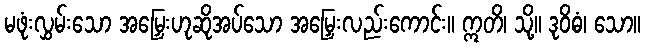
မဖုံးလွှမ်းသော အမြှေးဟုဆိုအပ်သော အမြှေးလည်းကောင်း။ ဣတိ၊ သို့။ ဒုဝိဓံ၊ သော။